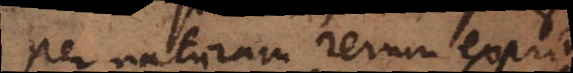
per naturam rerum exprimi